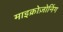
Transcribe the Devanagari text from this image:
माइक्रोज़ोनिंग